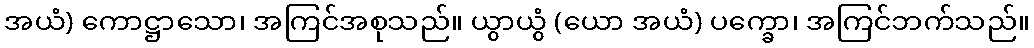
အယံ) ကောဋ္ဌာသော၊ အကြင်အစုသည်။ ယွာယွံ (ယော အယံ) ပက္ခော၊ အကြင်ဘက်သည်။